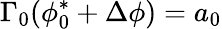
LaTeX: \Gamma_{0}(\phi_{0}^{*}+\Delta\phi)=a_{0}